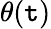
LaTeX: \theta(\mathtt{t})